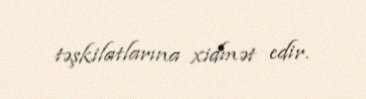
təşkilatlarına xidmət edir.